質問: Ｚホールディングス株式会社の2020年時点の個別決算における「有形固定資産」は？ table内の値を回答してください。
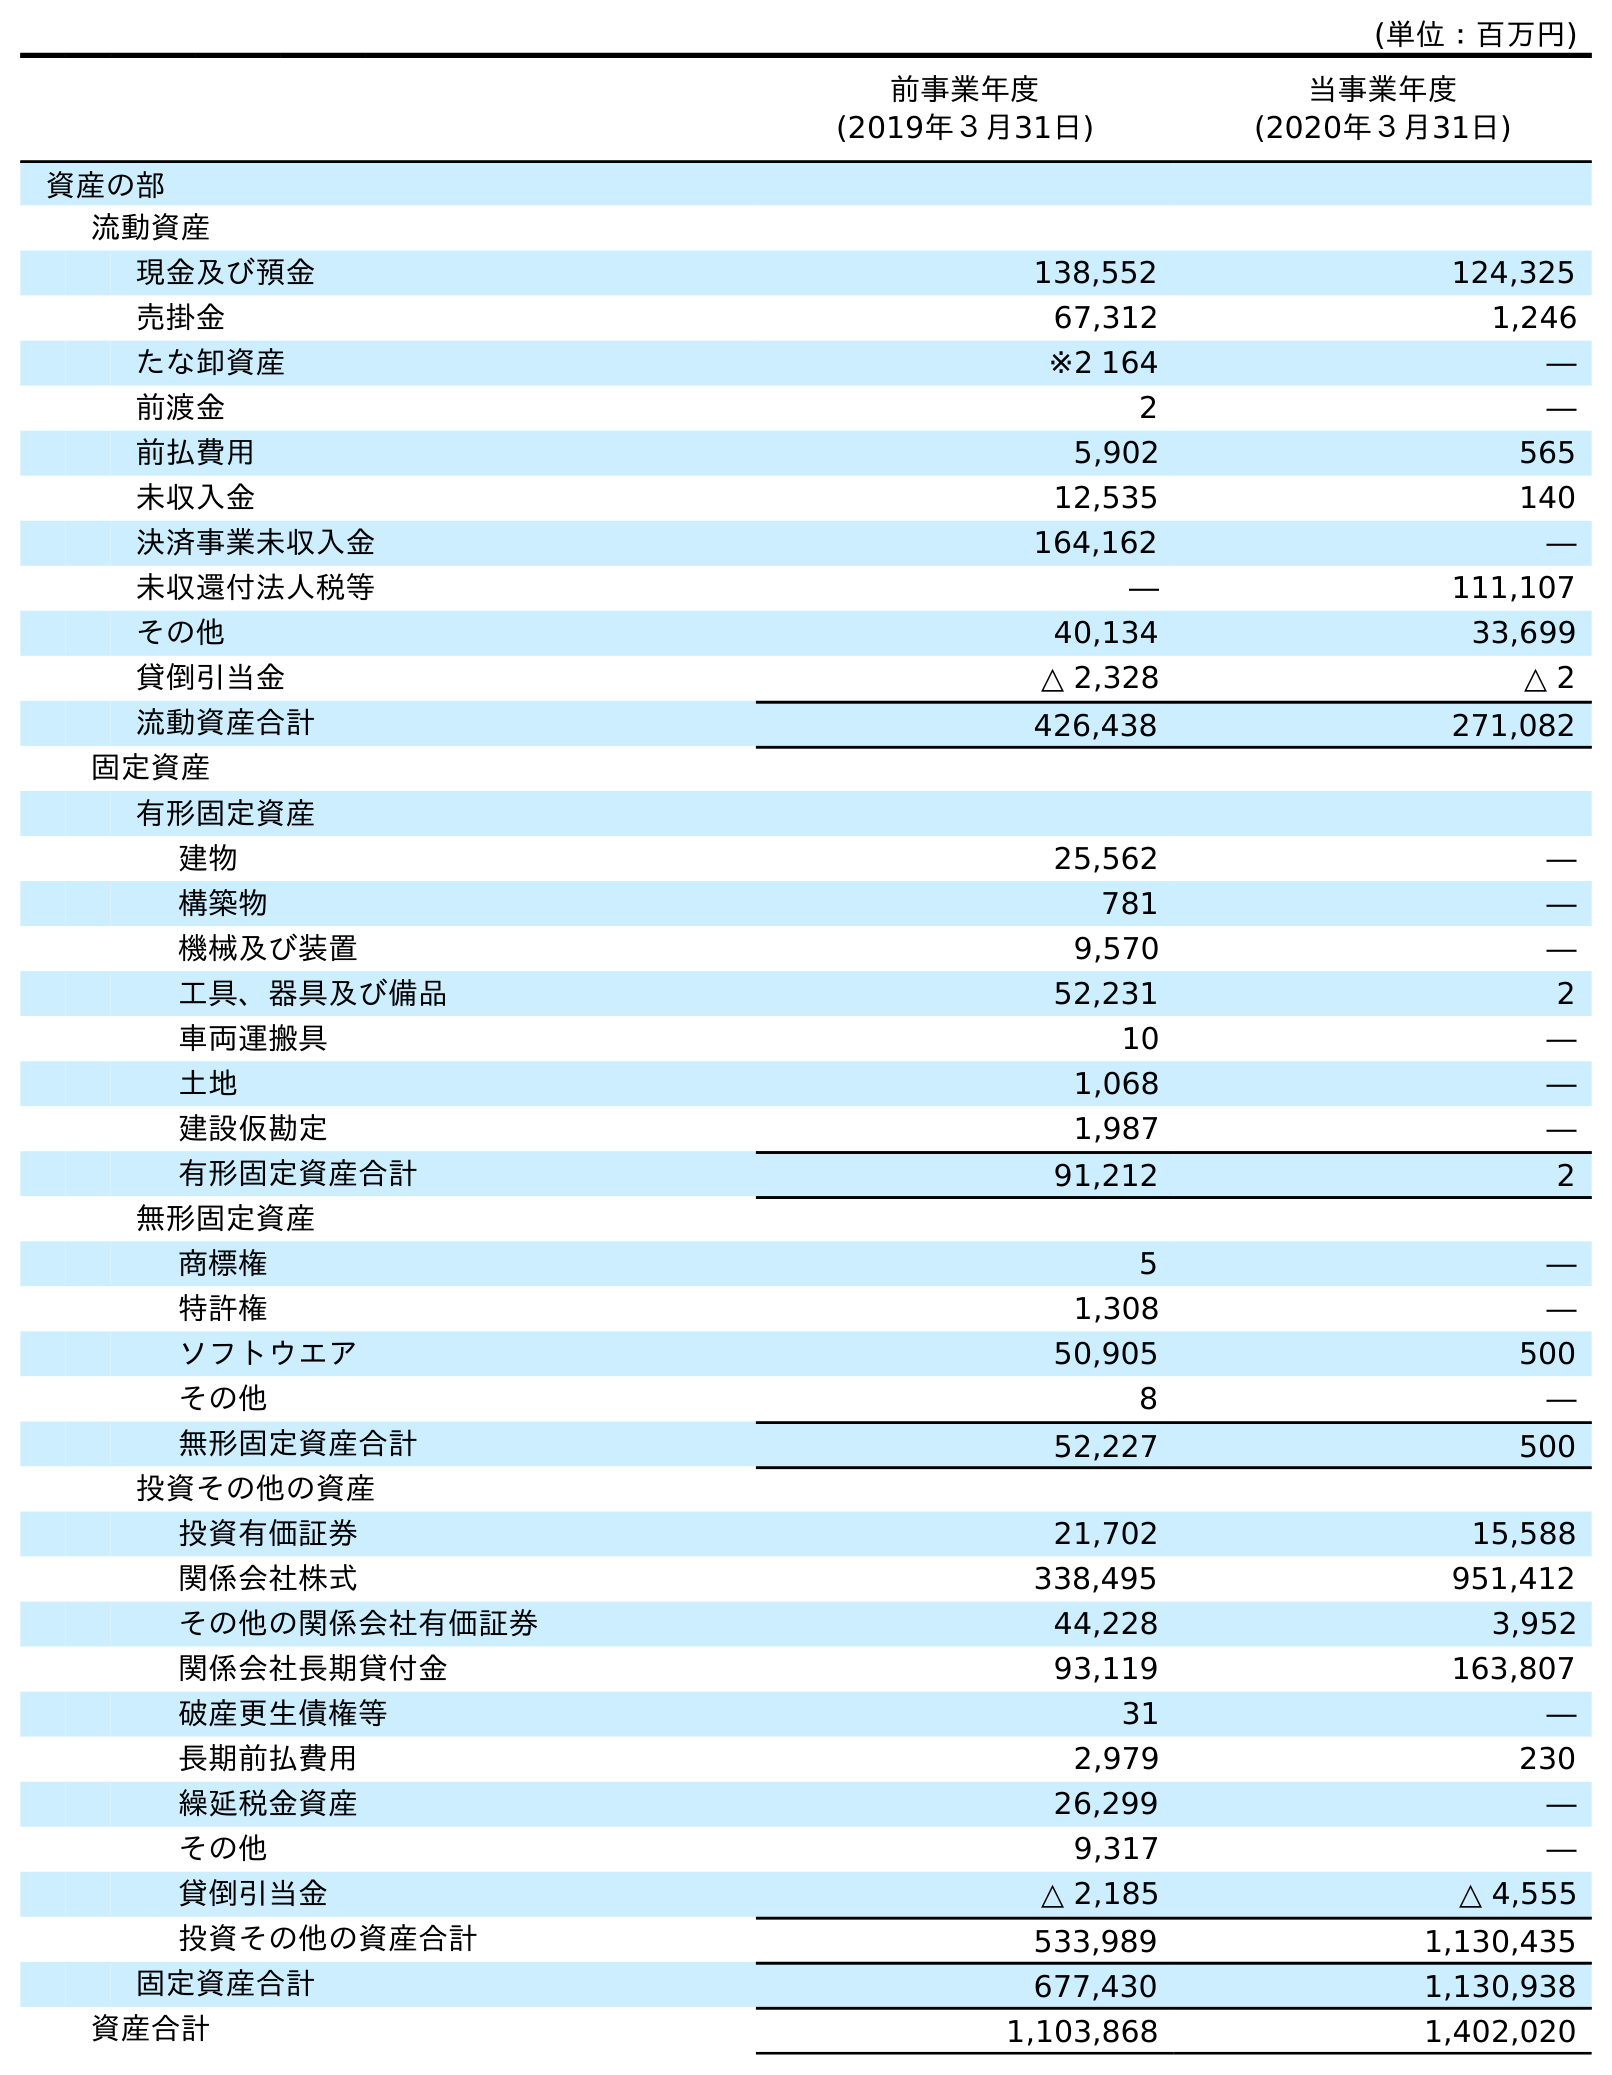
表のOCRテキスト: (単位：百万円) 前事業年度 (2019年３月31日) 当事業年度 (2020年３月31日) 資産の部 流動資産 現金及び預金 138,552 124,325 売掛金 67,312 1,246 たな卸資産 ※2 164 ― 前渡金 2 ― 前払費用 5,902 565 未収入金 12,535 140 決済事業未収入金 164,162 ― 未収還付法人税等 ― 111,107 その他 40,134 33,699 貸倒引当金 △ 2,328 △ 2 流動資産合計 426,438 271,082 固定資産 有形固定資産 建物 25,562 ― 構築物 781 ― 機械及び装置 9,570 ― 工具、器具及び備品 52,231 2 車両運搬具 10 ― 土地 1,068 ― 建設仮勘定 1,987 ― 有形固定資産合計 91,212 2 無形固定資産 商標権 5 ― 特許権 1,308 ― ソフトウエア 50,905 500 その他 8 ― 無形固定資産合計 52,227 500 投資その他の資産 投資有価証券 21,702 15,588 関係会社株式 338,495 951,412 その他の関係会社有価証券 44,228 3,952 関係会社長期貸付金 93,119 163,807 破産更生債権等 31 ― 長期前払費用 2,979 230 繰延税金資産 26,299 ― その他 9,317 ― 貸倒引当金 △ 2,185 △ 4,555 投資その他の資産合計 533,989 1,130,435 固定資産合計 677,430 1,130,938 資産合計 1,103,868 1,402,020
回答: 2